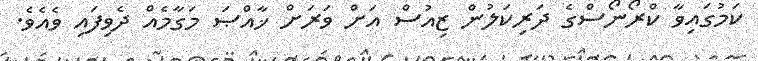
ކަމުގައިވާ ކްރޯނޯސްގެ ދަރިކަލުން ޒިއުސް އަށް ވަރަށް ޚާއްޞަ މަގާމެއް ދެވިފައި ވެއެވެ.